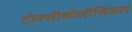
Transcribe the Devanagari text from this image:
टोक्सीकोलॉजिकल